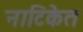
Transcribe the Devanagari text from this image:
नाटिकेत